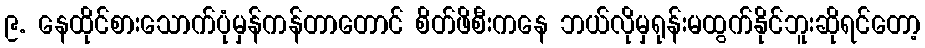
၉. နေထိုင်စားသောက်ပုံမှန်ကန်တာတောင် စိတ်ဖိစီးကနေ ဘယ်လိုမှရုန်းမထွက်နိုင်ဘူးဆိုရင်တော့